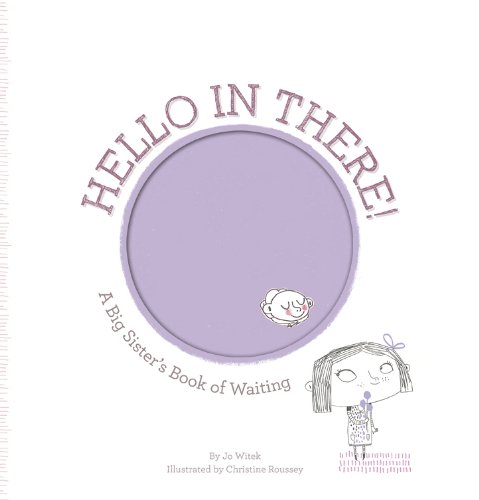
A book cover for Hello in There!: A Big Sister's Book of Waiting (Growing Hearts); Jo Witek; Children's Books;